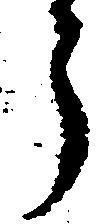
郎